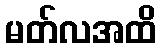
မတ်လအထိ